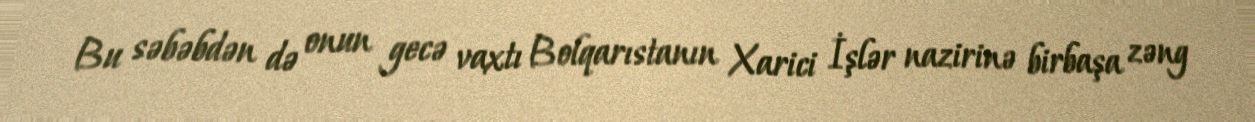
Bu səbəbdən də onun gecə vaxtı Bolqarıstanın Xarici İşlər nazirinə birbaşa zəng